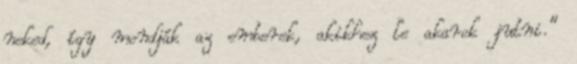
neked, így mondják az emberek, akikhez le akarok jutni.”